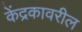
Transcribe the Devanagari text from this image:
केंद्रकावरील